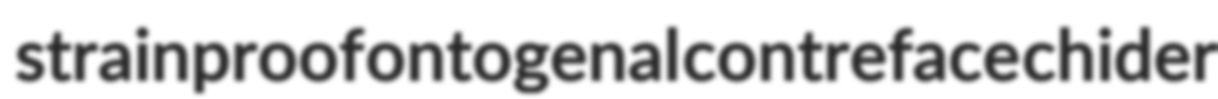
strainproof ontogenal contreface chider